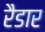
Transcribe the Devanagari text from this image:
रैडार